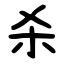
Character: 杀